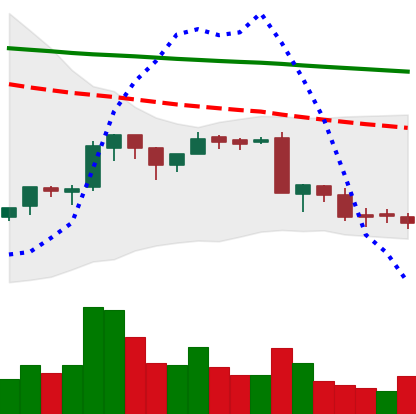
Ticker: BNB-USD
Chart end date: 2018-09-11
Forward return: 5.996%
Label: up_5_7